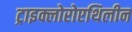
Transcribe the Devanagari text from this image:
ट्राइक्लोरोएथिलीन